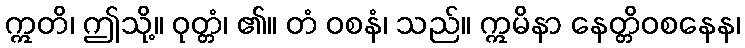
ဣတိ၊ ဤသို့။ ဝုတ္တံ၊ ၏။ တံ ဝစနံ၊ သည်။ ဣမိနာ နေတ္တိဝစနေန၊